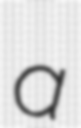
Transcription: a